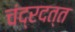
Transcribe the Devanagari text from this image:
चंद्रदत्त